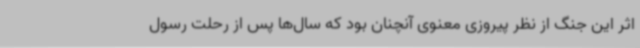
اثر این جنگ از نظر پیروزی معنوی آنچنان بود که سال‌ها پس از رحلت رسول